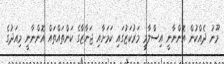
މޫނު ދެއްކުން އޮންނާނީ އިސްލާމީ މަރުކަޒުގައި ކަމަށާއި ޖަނާޒާގެ ކަންތައްތައް އޮންނާނީ މިއަދުގެ